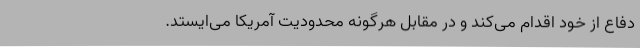
دفاع از خود اقدام می‌کند و در مقابل هرگونه محدودیت آمریکا می‌ایستد.